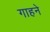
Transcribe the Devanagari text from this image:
गाहने